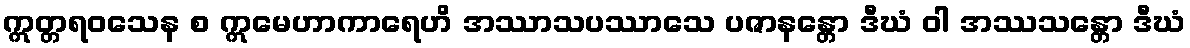
ဣတ္တရဝသေန စ ဣမေဟာကာရေဟိ အဿာသပဿာသေ ပဇာနန္တော ဒီဃံ ဝါ အဿသန္တော ဒီဃံ